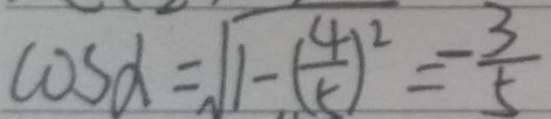
\cos \alpha = \sqrt { 1 - ( \frac { 4 } { 5 } ) ^ { 2 } } = - \frac { 3 } { 5 }